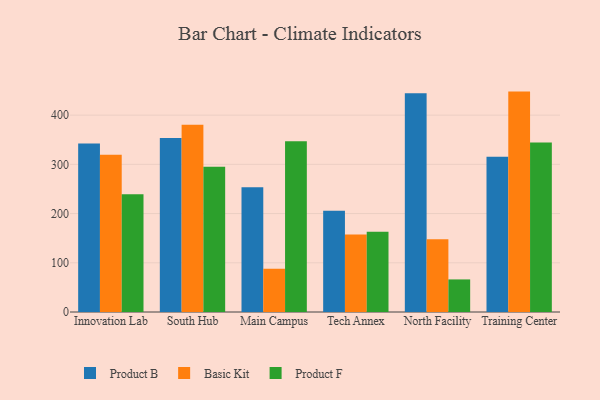
{"axis": {"x": "Campus", "y": "Bounce Rate (%)"}, "legend": ["Basic Kit", "Product B", "Product F"], "data": [{"x": "Innovation Lab", "y": 342.5, "type": "Product B"}, {"x": "Innovation Lab", "y": 319.3, "type": "Basic Kit"}, {"x": "Innovation Lab", "y": 239.0, "type": "Product F"}, {"x": "South Hub", "y": 353.3, "type": "Product B"}, {"x": "South Hub", "y": 380.4, "type": "Basic Kit"}, {"x": "South Hub", "y": 294.9, "type": "Product F"}, {"x": "Main Campus", "y": 253.4, "type": "Product B"}, {"x": "Main Campus", "y": 88.0, "type": "Basic Kit"}, {"x": "Main Campus", "y": 346.8, "type": "Product F"}, {"x": "Tech Annex", "y": 205.7, "type": "Product B"}, {"x": "Tech Annex", "y": 157.5, "type": "Basic Kit"}, {"x": "Tech Annex", "y": 163.0, "type": "Product F"}, {"x": "North Facility", "y": 444.6, "type": "Product B"}, {"x": "North Facility", "y": 147.8, "type": "Basic Kit"}, {"x": "North Facility", "y": 66.2, "type": "Product F"}, {"x": "Training Center", "y": 315.5, "type": "Product B"}, {"x": "Training Center", "y": 447.8, "type": "Basic Kit"}, {"x": "Training Center", "y": 344.5, "type": "Product F"}]}